Papers set at the Examination for Leaving Certificates, 1891
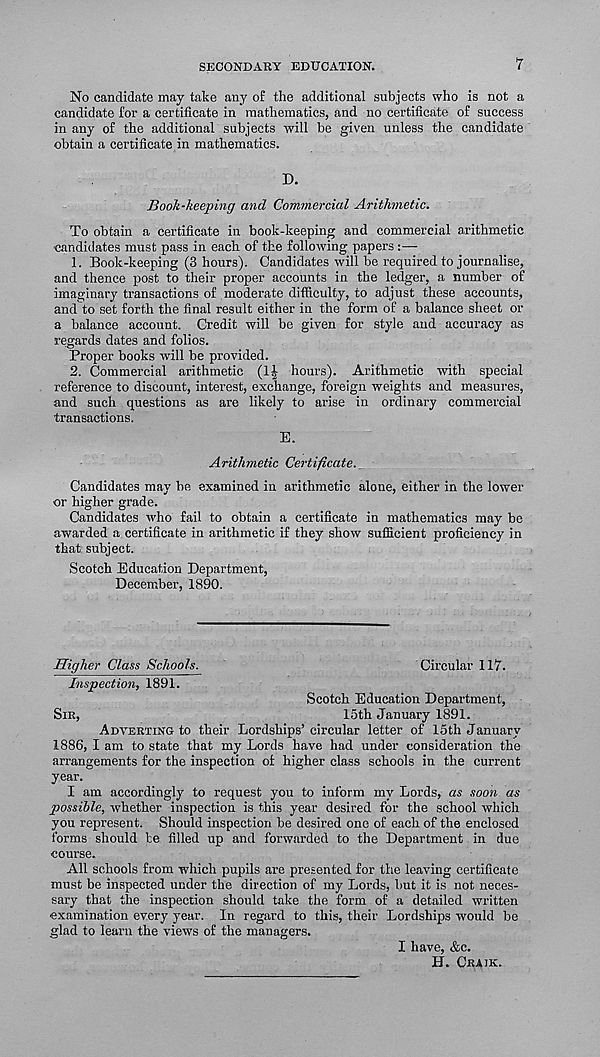
SECONDARY EDUCATION.
7
No candidate may take any of the additional subjects who is not a
candidate for a certificate in mathematics, and no certificate of success
in any of the additional subjects -will be given unless the candidate
obtain a certificate in mathematics.
D.
Book-keeping and Commercial Arithmetic.
To obtain a certificate in book-keeping and commercial arithmetic
-candidates must pass in each of the following papers : —
1. Book-keeping (3 hours). Candidates will be required to journalise,
and thence post to their proper accounts in the ledger, a number of
imaginary transactions of moderate difficulty, to adjust these accounts,
and to set forth the final result either in the form of a balance sheet or
a balance account. Credit will he given for style and accuracy as
regards dates and folios.
Proper books will be provided.
2. Commercial arithmetic (1J hours). Arithmetic with special
reference to discount, interest, exchange, foreign weights and measures,
and such questions as are likely to arise in ordinary commercial
transactions.
E.
Arithmetic Certificate.
Candidates may be examined in arithmetic alone, either in the lower
or higher grade.
Candidates who fail to obtain a certificate in mathematics may be
awarded a certificate in arithmetic if they show sufficient proficiency in
that subject.
Scotch Education Department,
December, 1890.
Higher Class Schools.
Circular 117.
Inspection, 1891.
Scotch Education Department,
SIR,
loth January 1891.
ADVERTING to their Lordships’circular letter of 15th January
1886, I am to state that my Lords have had under consideration the
arrangements for the inspection of higher class schools in the current
year.
I am accordingly to request you to inform my Lords, as soon as
possible, whether inspection is this year desired for the school which
you represent. Should inspection be desired one of each of the enclosed
forms should be filled up and forwarded to the Department in due
course.
All schools from which pupils are presented for the leaving certificate
must be inspected under the direction of my Lords, but it is not neces-
sary that the inspection should take the form of a detailed written
examination every year. In regard to this, their Lordships would be
glad to learn the views of the managers.
I have, &c.
H. CRAIK.